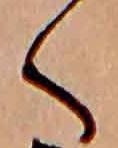
く